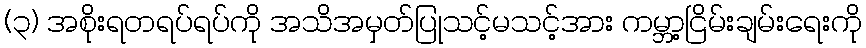
(၃) အစိုးရတရပ်ရပ်ကို အသိအမှတ်ပြုသင့်မသင့်အား ကမ္ဘာ့ငြိမ်းချမ်းရေးကို